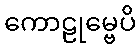
ကောဠုမ္ဗေပိ